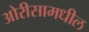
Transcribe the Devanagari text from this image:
ओरीसामधील